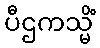
ပီဌကသ္မိံ